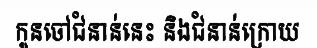
កូនចៅជំនាន់នេះ និងជំនាន់ក្រោយ